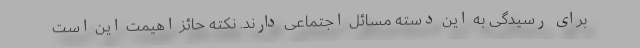
برای رسیدگی به این دسته مسائل اجتماعی دارند. نکته حائز اهیمت این است